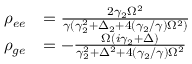
\begin{array} { r l } { \rho _ { e e } } & { = \frac { 2 \gamma _ { 2 } \Omega ^ { 2 } } { \gamma ( \gamma _ { 2 } ^ { 2 } + \Delta _ { 2 } + 4 ( \gamma _ { 2 } / \gamma ) \Omega ^ { 2 } ) } } \\ { \rho _ { g e } } & { = - \frac { \Omega ( i \gamma _ { 2 } + \Delta ) } { \gamma _ { 2 } ^ { 2 } + \Delta ^ { 2 } + 4 ( \gamma _ { 2 } / \gamma ) \Omega ^ { 2 } } } \end{array}